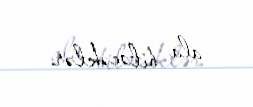
ala biləcəklər.